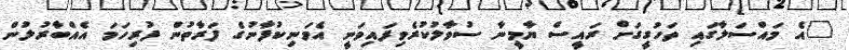
"އެ މައްސަލާގައި ތަހުގީގަށް ރައީސް ޔާމީނާ ސުވާލުކުރެވިފައިވަނީ އެމަނިކުފާނުގެ ފަރާތުން ފުރިހަމަ އެއްބާރުލުން